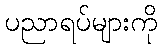
ပညာရပ်များကို